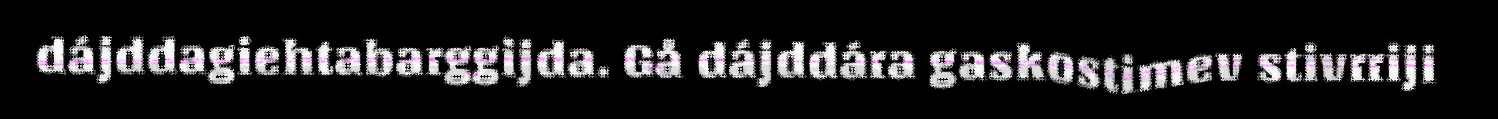
dájddagiehtabarggijda. Gå dájddára gaskostimev stivrriji